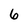
Character: 6